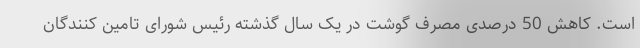
است. کاهش 50 درصدی مصرف گوشت در یک سال گذشته رئیس شورای تامین کنندگان